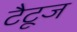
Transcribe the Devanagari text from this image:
टैटूज